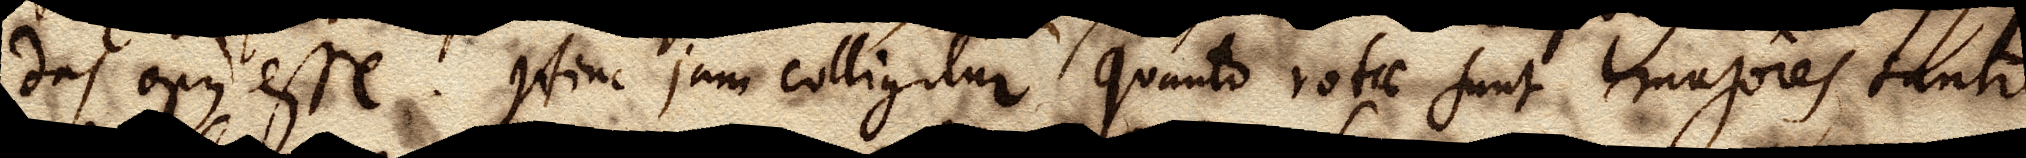
das opus esse. Hinc jam colligitur quanto rotae sunt majores tanto